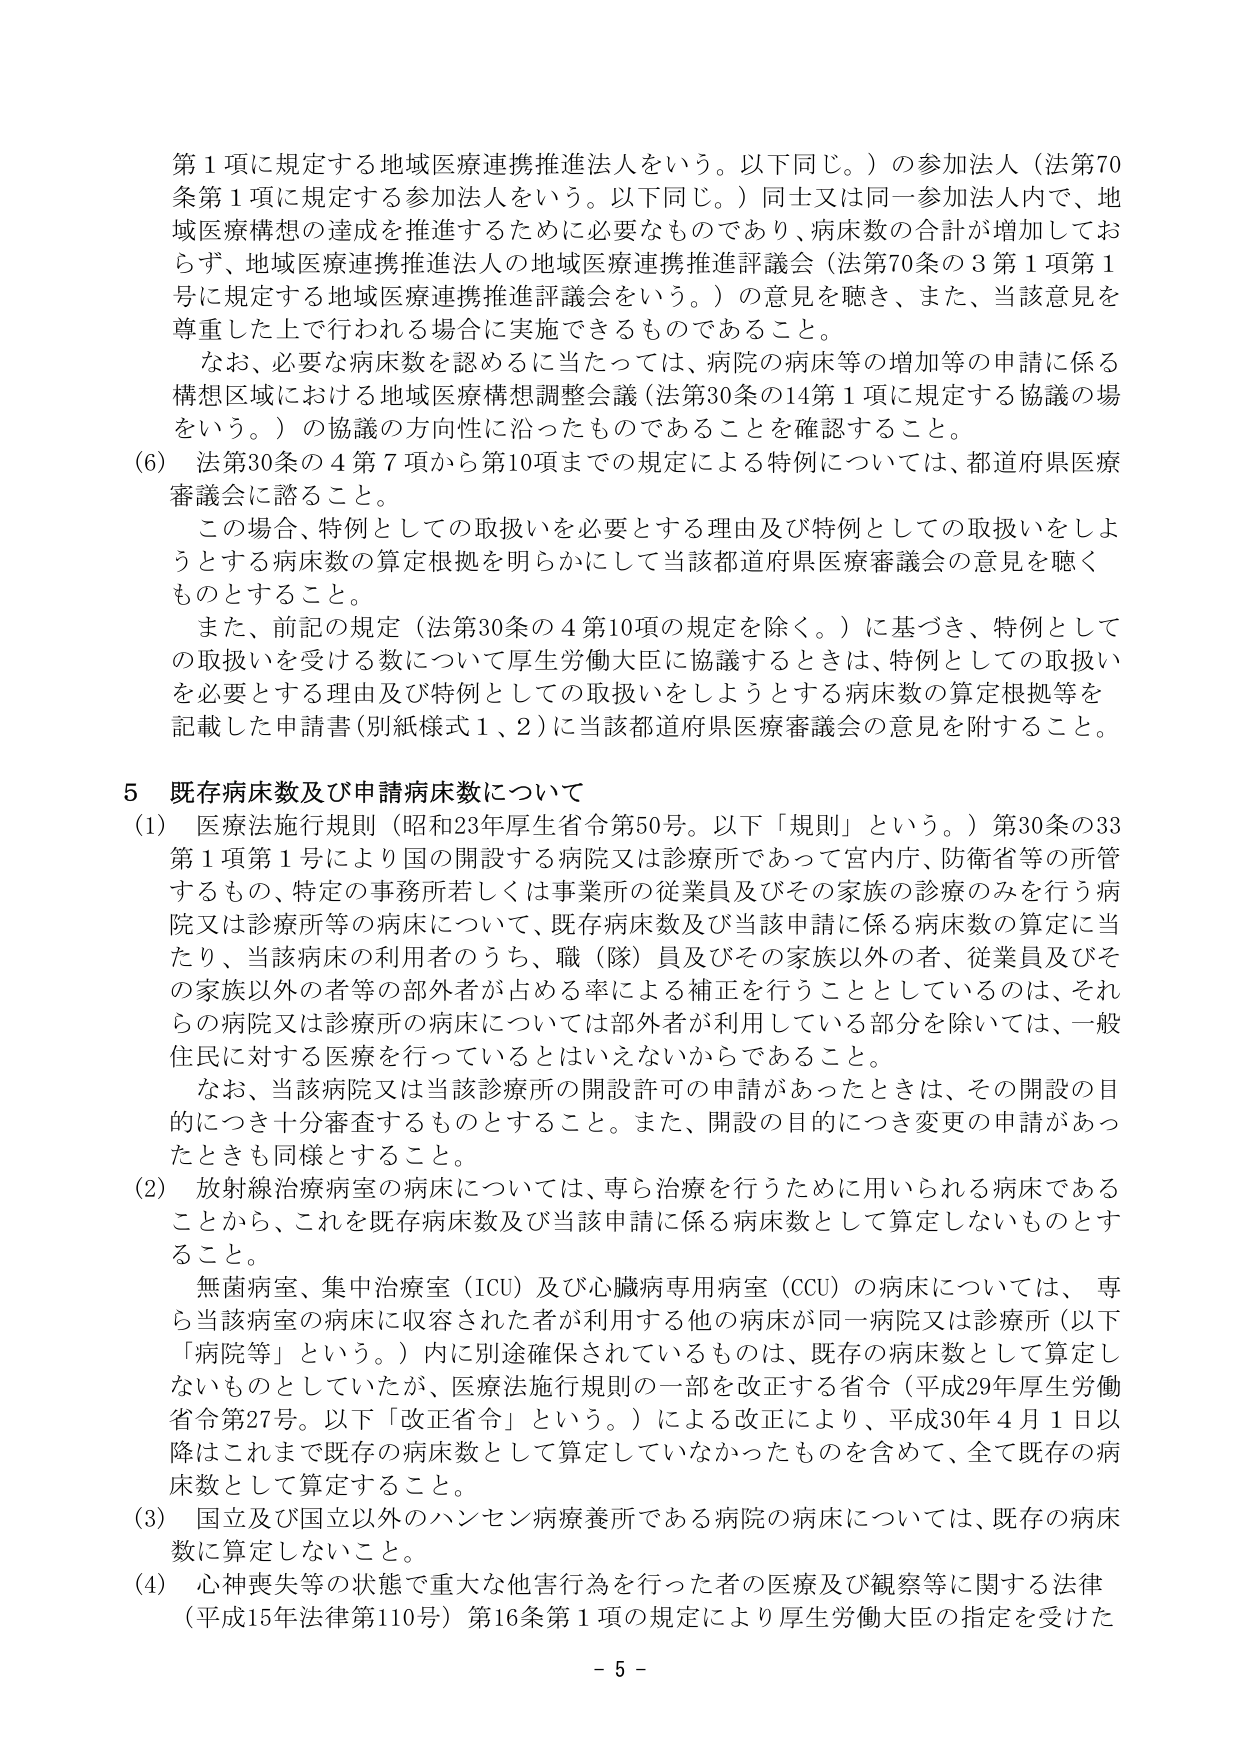
第１項に規定する地域医療連携推進法人をいう。以下同じ。）の参加法人（法第70条第１項に規定する参加法人をいう。以下同じ。）同士又は同一参加法人内で、地域医療構想の達成を推進するために必要なものであり、病床数の合計が増加しておらず、地域医療連携推進法人の地域医療連携推進評議会（法第70条の３第１項第１号に規定する地域医療連携推進評議会をいう。）の意見を聴き、また、当該意見を尊重した上で行われる場合に実施できるものであること。

なお、必要な病床数を認めるに当たっては、病院の病床等の増加等の申請に係る構想区域における地域医療構想調整会議（法第30条の14第１項に規定する協議の場をいう。）の協議の方向性に沿ったものであることを確認すること。

(6) 法第30条の４第７項から第10項までの規定による特例については、都道府県医療審議会に諮ること。

この場合、特例としての取扱いを必要とする理由及び特例としての取扱いをしようとする病床数の算定根拠を明らかにして当該都道府県医療審議会の意見を聴くものとすること。

また、前記の規定（法第30条の４第10項の規定を除く。）に基づき、特例としての取扱いを受ける数について厚生労働大臣に協議するときは、特例としての取扱いを必要とする理由及び特例としての取扱いをしようとする病床数の算定根拠等を記載した申請書（別紙様式１、２）に当該都道府県医療審議会の意見を附すること。

５ 既存病床数及び申請病床数について

(1) 医療法施行規則（昭和23年厚生省令第50号。以下「規則」という。）第30条の33第１項第１号により国の開設する病院又は診療所であって宮内庁、防衛省等の所管するもの、特定の事務所若しくは事業所の従業員及びその家族の診療のみを行う病院又は診療所等の病床について、既存病床数及び当該申請に係る病床数の算定に当たり、当該病床の利用者のうち、職（隊）員及びその家族以外の者、従業員及びその家族以外の者等の部外者が占める率による補正を行うこととしているのは、それらの病院又は診療所の病床については部外者が利用している部分を除いては、一般住民に対する医療を行っているとはいえないからであること。

なお、当該病院又は当該診療所の開設許可の申請があったときは、その開設の目的につき十分審査するものとすること。また、開設の目的につき変更の申請があったときも同様とすること。

(2) 放射線治療病室の病床については、専ら治療を行うために用いられる病床であることから、これを既存病床数及び当該申請に係る病床数として算定しないものとする。

無菌病室、集中治療室（ICU）及び心臓病専用病室（CCU）の病床については、専ら当該病室の病床に収容された者が利用する他の病床が同一病院又は診療所（以下「病院等」という。）内に別途確保されているものは、既存の病床数として算定しないものとしていたが、医療法施行規則の一部を改正する省令（平成29年厚生労働省令第27号。以下「改正省令」という。）による改正により、平成30年４月１日以降はこれまで既存の病床数として算定していなかったものを含めて、全て既存の病床数として算定すること。

(3) 国立及び国立以外のハンセン病療養所である病院の病床については、既存の病床数に算定しないこと。

(4) 心神喪失等の状態で重大な他害行為を行った者の医療及び観察等に関する法律（平成15年法律第110号）第16条第１項の規定により厚生労働大臣の指定を受けた

- 5 -